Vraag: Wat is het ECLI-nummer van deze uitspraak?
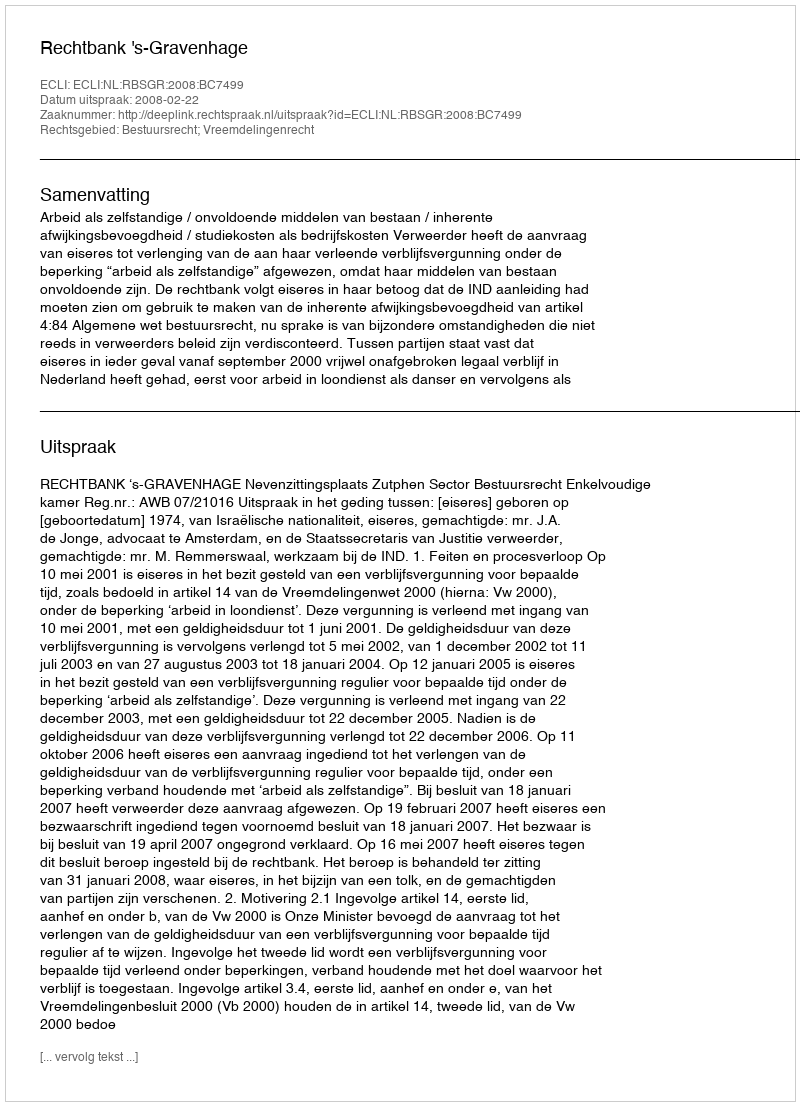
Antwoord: ECLI:NL:RBSGR:2008:BC7499